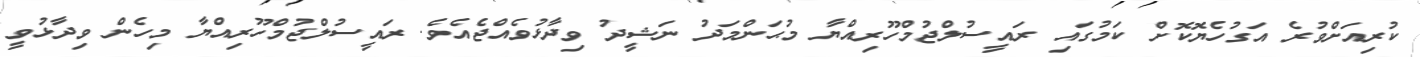
ކުރިއަށްވުރެ އަގުހެޔޮކޮށް ކަމުގައި ރައީސުލްޖުމްހޫރިއްޔާ މުޙަންމަދު ނަޝީދު ވިދާޅުވެއްޖެއެވެ. ރައީސުލްޖުމްހޫރިއްޔާ މިހެން ވިދާޅުވީ